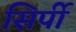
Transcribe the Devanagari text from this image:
सिर्पी